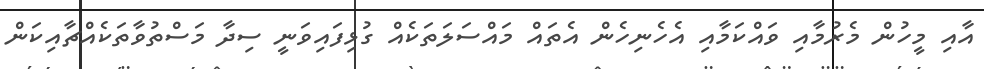
އާއި މީހުން މެރުމާއި ވައްކަމާއި އެހެނިހެން އެތައް މައްސަލަތަކެއް ގުޅިފައިވަނީ ސިދާ މަސްތުވާތަކެއްޗާއިކަން